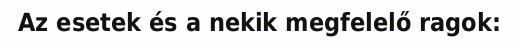
Az esetek és a nekik megfelelő ragok: